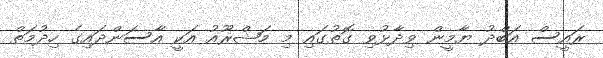
ރައީސް އަބްދު ޔާމީން ވިދާޅުވި ގޮތުގައި މި މަޝްރޫއު އަކީ އާސަންދައިގެ ހިދުމަތް